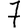
Digit: 7